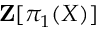
\mathbf { Z } [ \pi _ { 1 } ( X ) ]